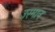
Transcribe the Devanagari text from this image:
उस्‍मान